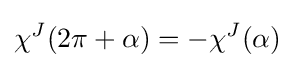
\chi ^{J}(2\pi +\alpha )=-\chi ^{J}(\alpha )